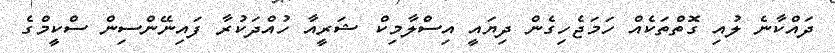
ދައްކާނެ ލުއި ގޮތްތަކެއް ހަމަޖެހިގެން ދިޔައީ އިސްލާމިކް ޝަރީއާ ހުއްދަކުރާ ފައިނޭންސިން ސްކީމްގެ